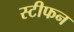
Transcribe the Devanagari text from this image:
स्टीफन